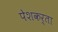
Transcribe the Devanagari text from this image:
पेशकर्ता